Burma Government Medical School reports 1923-41
Year: 1923
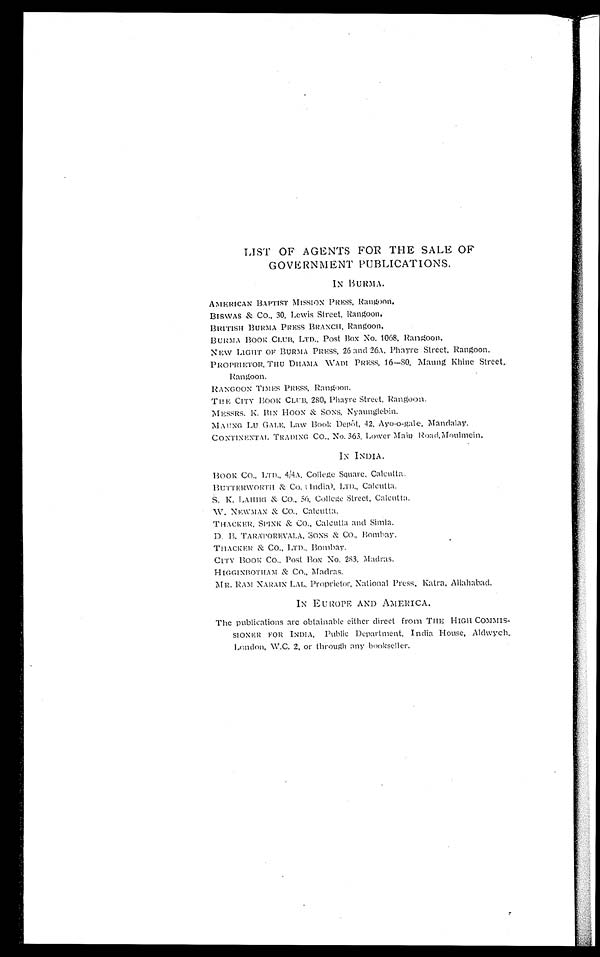
LIST OF AGENTS FOR THE SALE OF
GOVERNMENT PUBLICATIONS.
IN BURMA.
AMERICAN BAPTIST MISSION PRESS, Rangoon.
BISWAS & CO., 30, Lewis Street, Rangoon.
BRITISH BURMA PRESS BRANCH, Rangoon.
BURMA BOOK CLUB, LTD., Post Box No. 1068, Rangoon.
NEW LIGHT OF BURMA PRESS, 26 and 26A, Phayre Street, Rangoon.
PROPRIETOR, THU DHAMA WADI PRESS, 16—80, Maung Khine Street,
Rangoon.
RANGOON TIMES PRESS, Rangoon.
THE CITY BOOK CLUB, 280, Phayre Street, Rangoon.
MESSRS. K. BIN HOON & SONS, Nyaunglebin.
MAUNG LU GALE, Law Book Depót, 42, Ayo-o-gale, Mandalay.
CONTINENTAL TRADING CO., No. 363. Lower Main Road, Moulmein.
IN INDIA.
BOOK CO. , LTD. , 4/ 4A, Col l ege Square, Cal cut t a.
BUTTERWORTH & CO. (Indi a), LTD. , Cal cut t a.
S. K. LAHIRI & CO., 56, College Street, Calcutta.
W. NEWMAN & CO., Calcutta.
THACKER, SPI NK & CO. , Cal cut t a and Si ml a.
D . B . T A R A P O R E V A L A , S O N S & C O . , B o m b a y .
THACKER & CO., LTD., Bombay.
CI TY BOOK CO. , Pos t Box No. 283, Madr as .
HIGGINBOTHAM & CO. , Madras.
MR. RAM NARAIN LAL, Proprietor, National Press, Katra, Allahabad.
IN EUROPE AND AMERICA.
The publications are obtainable either direct from THE HIGH COMMIS-
-SIONER FOR INDIA, Public Department. India House, Aldwych,
London, W.C. 2, or through any bookseller.